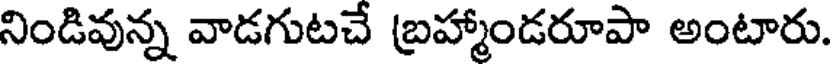
నిండివున్న వాడగుటచే బ్రహ్మాండరూపా అంటారు.